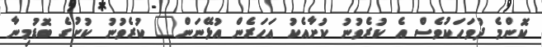
ކޮންމެ ދުވަަހަކުވެސް އެ ކުރެވުނު ކުށާއެކު އަހަރެން އުޅޭނަން" ކުރެވުނު ކުށުގެ ބޮޑުމިނާ